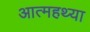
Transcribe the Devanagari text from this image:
आत्महथ्या